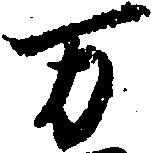
万